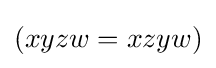
(xyzw=xzyw)